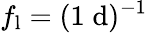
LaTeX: f_{\mathrm{l}}=(1\; \mathrm{d})^{-1}